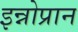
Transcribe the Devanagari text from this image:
इन्नोप्रान